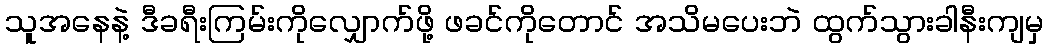
သူအနေနဲ့ ဒီခရီးကြမ်းကိုလျှောက်ဖို့ ဖခင်ကိုတောင် အသိမပေးဘဲ ထွက်သွားခါနီးကျမှ